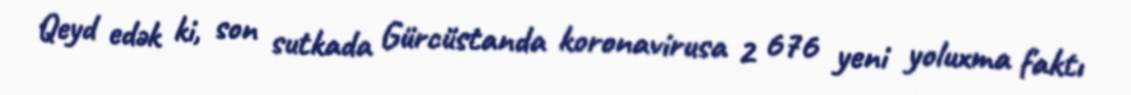
Qeyd edək ki, son sutkada Gürcüstanda koronavirusa 2 676 yeni yoluxma faktı